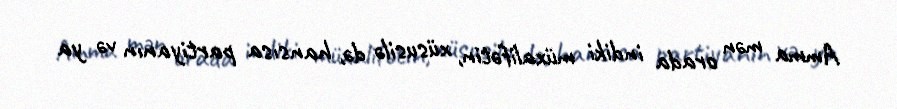
Amma mən orada indiki müxalifətin, xüsusilə də, hansısa partiyanın və ya